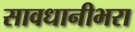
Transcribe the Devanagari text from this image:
सावधानीभरा